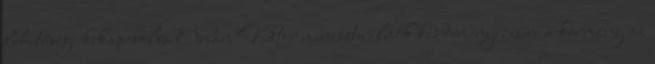
lehetősége kikapcsolva Orbán Viktor miniszterelnök kezdeményezésére a kormány az